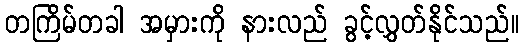
တကြိမ်တခါ အမှားကို နားလည် ခွင့်လွှတ်နိုင်သည်။